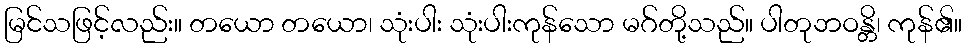
မြင်သဖြင့်လည်း။ တယော တယော၊ သုံးပါး သုံးပါးကုန်သော မဂ်တို့သည်။ ပါတုဘဝန္တိ၊ ကုန်၏။